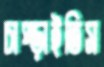
চাপ্‌ড়াইতিস